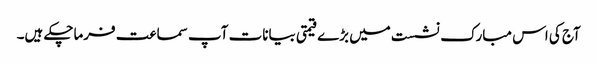
آج کی اس مبارک نشست میں بڑے قیمتی بیانات آپ سماعت فرماچکے ہیں۔